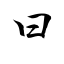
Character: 曰